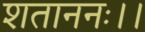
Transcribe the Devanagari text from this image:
शताननः।।